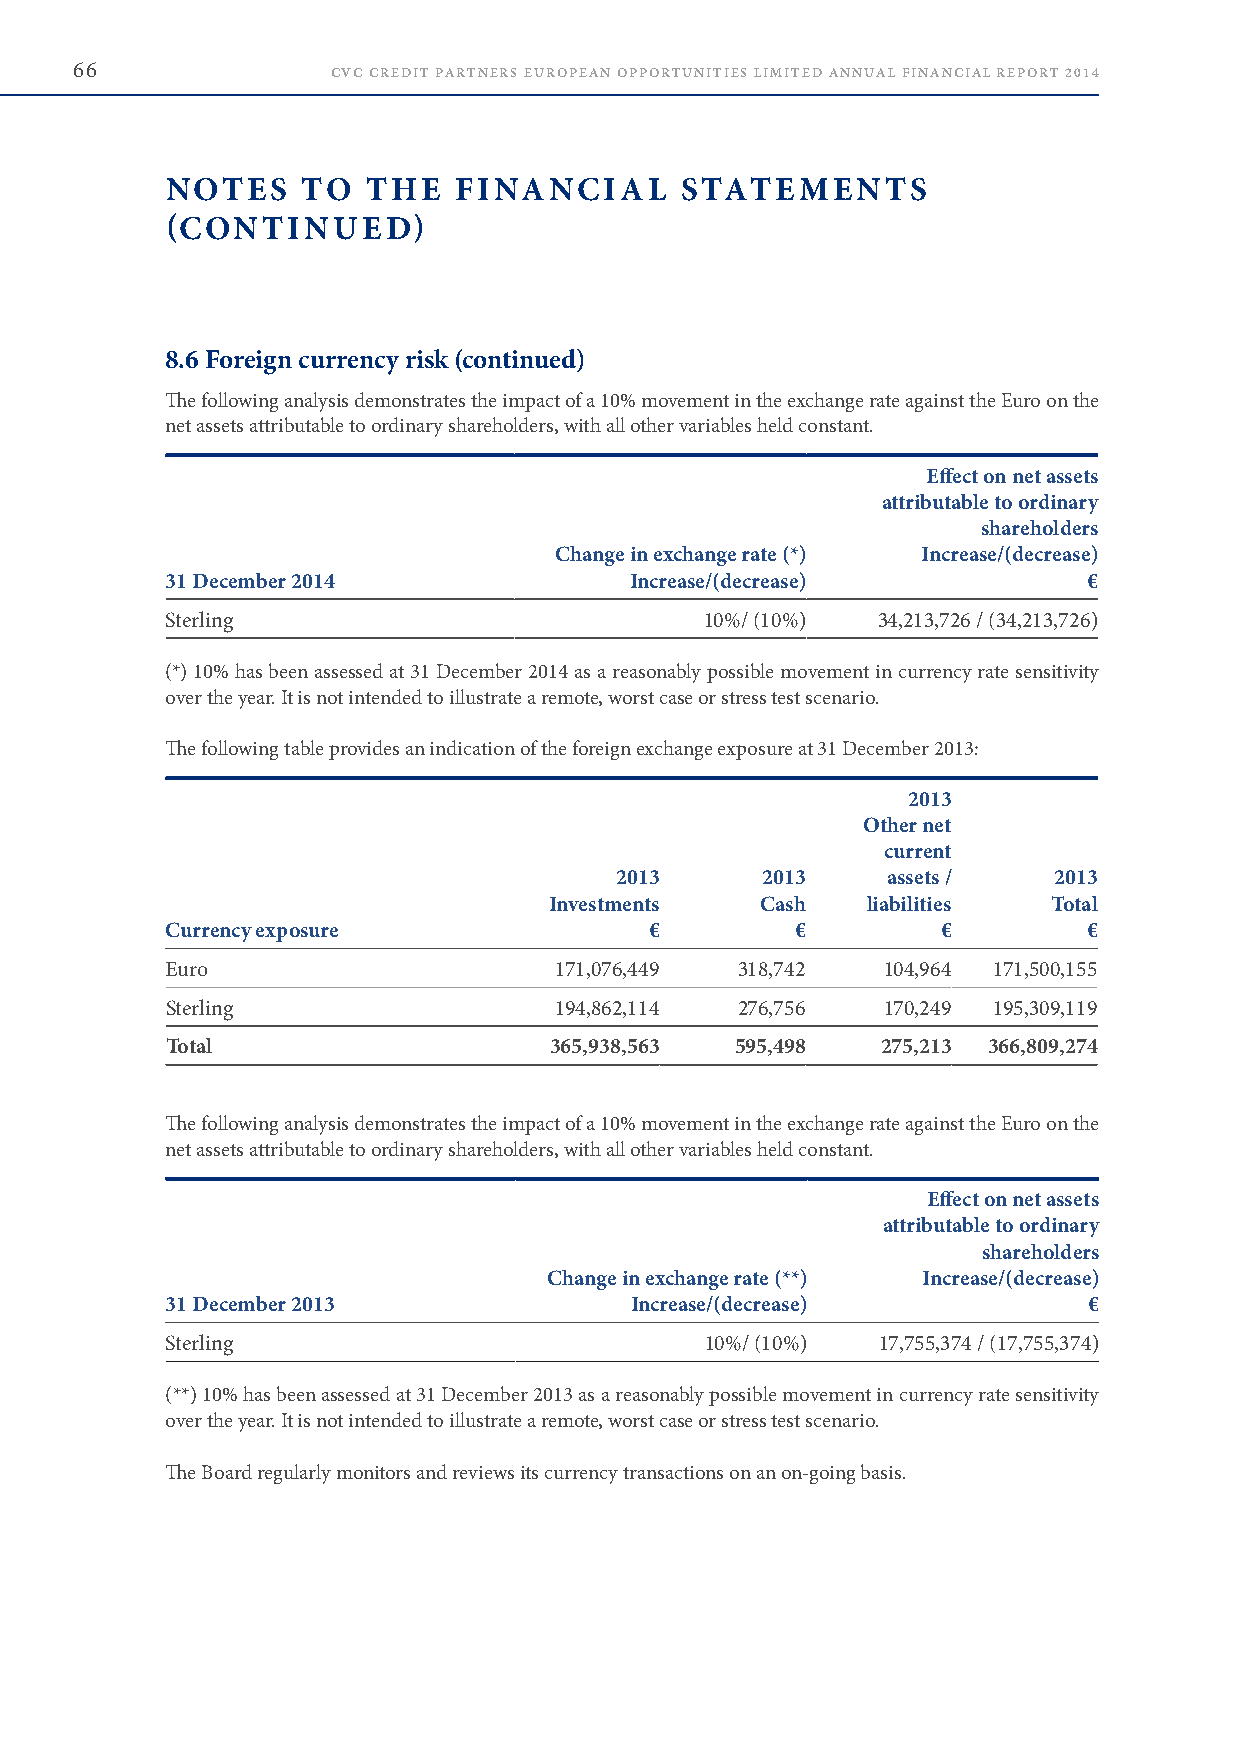
66               CVC CREDIT PARTNERS EUROPEAN OPPORTUNITIES LIMITED ANNUAL FINANCIAL REPORT 2014
 NOTES    TO  THE   FINANCIAL      STATEMENTS
 (CONTINUED)
 8.6 Foreign currency risk (continued)
 The following analysis demonstrates the impact of a 10% movement in the exchange rate against the Euro on the
 net assets attributable to ordinary shareholders, with all other variables held constant .
 Effect on net assets
 attributable to ordinary
 shareholders
 Change in exchange rate (*) Increase/(decrease)
 31 December 2014               Increase/(decrease)           €
 Sterling                            10%/ (10%) 34,213,726 / (34,213,726)
 (*) 10% has been assessed at 31 December 2014 as a reasonably possible movement in currency rate sensitivity
 over the year . It is not intended to illustrate a remote, worst case or stress test scenario .
 The following table provides an indication of the foreign exchange exposure at 31 December 2013:
 2013
 Other net
 current
 2013     2013     assets /   2013
 Investments   Cash   liabilities  Total
 Currency exposure               €         €        €         €
 Euro                      171,076,449 318,742  104,964 171,500,155
 Sterling                  194,862,114 276,756  170,249 195,309,119
 Total                    365,938,563  595,498  275,213 366,809,274
 The following analysis demonstrates the impact of a 10% movement in the exchange rate against the Euro on the
 net assets attributable to ordinary shareholders, with all other variables held constant .
 Effect on net assets
 attributable to ordinary
 shareholders
 Change in exchange rate (**) Increase/(decrease)
 31 December 2013               Increase/(decrease)           €
 Sterling                            10%/ (10%) 17,755,374 / (17,755,374)
 (**) 10% has been assessed at 31 December 2013 as a reasonably possible movement in currency rate sensitivity
 over the year . It is not intended to illustrate a remote, worst case or stress test scenario .
 The Board regularly monitors and reviews its currency transactions on an on-going basis .